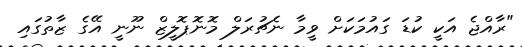
"ރާއްޖެ އަކީ ކުޑަ ގައުމަކަށް ވީމާ ނެޗުރަލް މޮނޮޕޮލީޒް ނޫނީ އޭގެ ޒާތުގައި